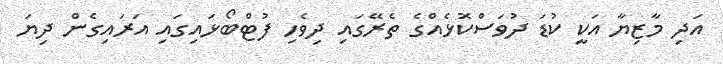
އަދި މާޒިޔާ އަކީ ކުޑަ ދުވަސްކޮޅެއްގެ ތެރޭގައި ދިވެހި ފުޓްބޯޅައިގައި އަރައިގެން ދިޔަ